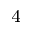
_ 4